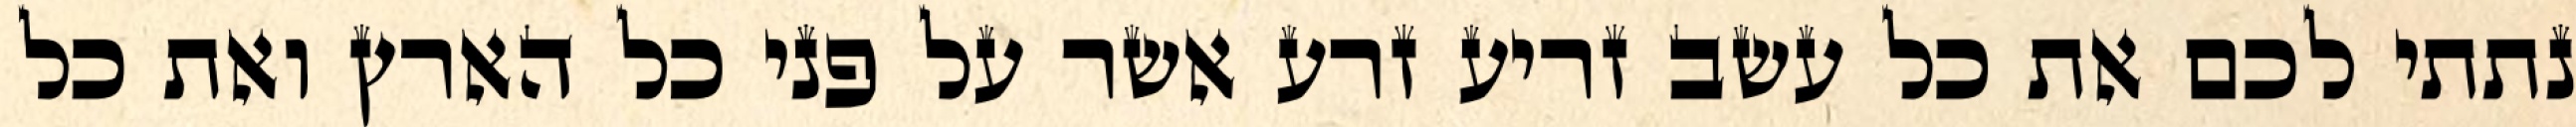
נתתי לכם את כל עשב זריע זרע אשר על פני כל הארץ ואת כל